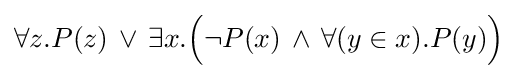
\forall z.P(z)\,\lor \,\exists x.{\Big (}\neg P(x)\,\land \,\forall (y\in x).P(y){\Big )}